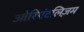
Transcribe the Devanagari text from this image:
ओरिएंटलिज़म